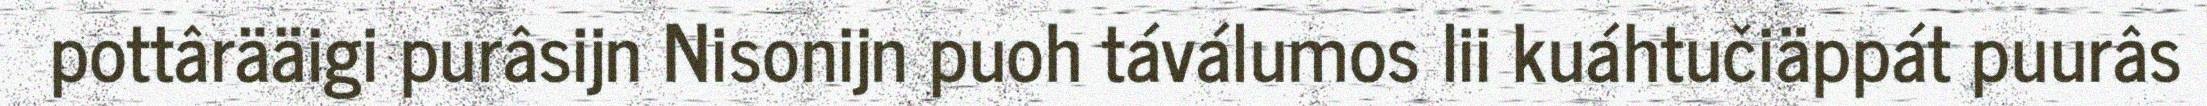
pottârääigi purâsijn Nisonijn puoh táválumos lii kuáhtučiäppát puurâs